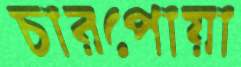
চারপোয়া